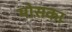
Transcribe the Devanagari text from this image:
मोसका